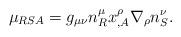
LaTeX: \begin{align*}\mu_{RSA} = g_{\mu\nu}n^\mu_R x^\rho_{,A}\nabla_\rho n^\nu_S.\end{align*}